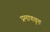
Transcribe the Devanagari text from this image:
प्रमाणवृत्त